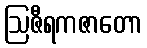
ဩဇီရကဇာတော